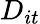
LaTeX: D_{it}